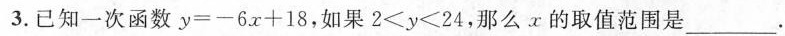
3. 已知一次函数$$y = - 6 x + 1 8$$，如果$$2 < y < 2 4$$，那么x 的取值范围是___.